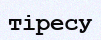
тіресу